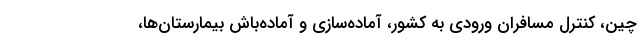
چین، کنترل مسافران ورودی به کشور، آماده‌سازی و آماده‌باش بیمارستان‌ها،